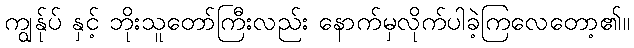
ကျွန်ုပ် နှင့် ဘိုးသူတော်ကြီးလည်း နောက်မှလိုက်ပါခဲ့ကြလေတော့၏။